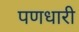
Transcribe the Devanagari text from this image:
पणधारी